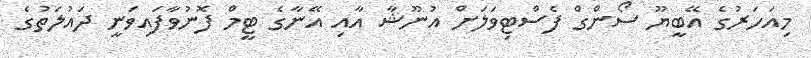
މިއަހަރުގެ އޭބީޔޫ ސޯންގް ފެސްޓިވަލަށް އުނޫޝާ އާއި އޭނާގެ ޓީމް ފޮނުވާފައިވަނީ ދައުލަތުގެ